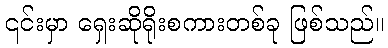
၎င်းမှာ ရှေးဆိုရိုးစကားတစ်ခု ဖြစ်သည်။